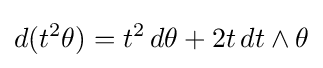
d(t^{2}\theta )=t^{2}\,d\theta +2t\,dt\wedge \theta